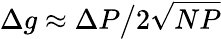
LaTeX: \Delta g\approx\Delta P\big/2\sqrt{NP}